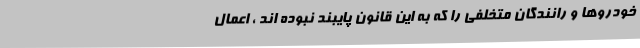
خودروها و رانندگان متخلفی را که به این قانون پایبند نبوده اند ، اعمال